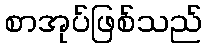
စာအုပ်ဖြစ်သည်